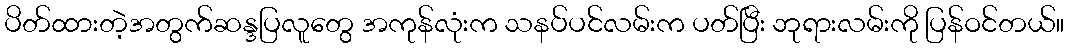
ပိတ်ထားတဲ့အတွက်ဆန္ဒပြလူတွေ အကုန်လုံးက သနပ်ပင်လမ်းက ပတ်ပြီး ဘုရားလမ်းကို ပြန်ဝင်တယ်။